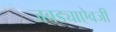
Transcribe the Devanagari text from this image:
जबड्याऐवजी